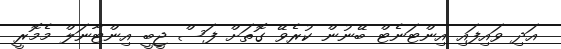
އަދި ވައިފައި އިންޓަނެޓް ބޭނުން ކުރެވޭ ގޮތަށް ފަސް ޖީބީ އިންޓާނަލް މެމޮރީ